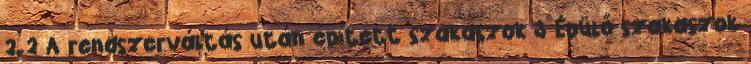
2.2 A rendszerváltás után épített szakaszok 3 Épülő szakaszok